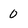
Character: 0